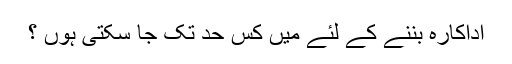
اداکارہ بننے کے لئے میں کس حد تک جا سکتی ہوں ؟